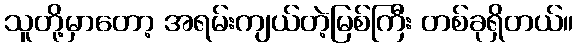
သူတို့မှာတော့ အရမ်းကျယ်တဲ့မြစ်ကြီး တစ်ခုရှိတယ်။